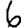
Digit: 6